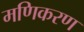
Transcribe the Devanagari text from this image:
मणिकरण